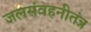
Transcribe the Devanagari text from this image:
जलसंवहनीतंत्र